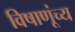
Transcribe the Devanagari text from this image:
विषाणूंच्य